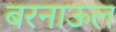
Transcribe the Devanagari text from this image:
बरनाऊल